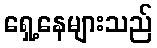
ရှေ့နေများသည်